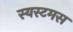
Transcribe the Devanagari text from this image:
स्यस्टमस